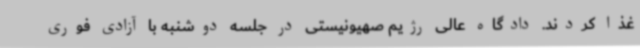
غذا کردند. دادگاه عالی رژیم صهیونیستی در جلسه دوشنبه با آزادی فوری